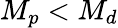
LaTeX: M_{p}<M_{d}